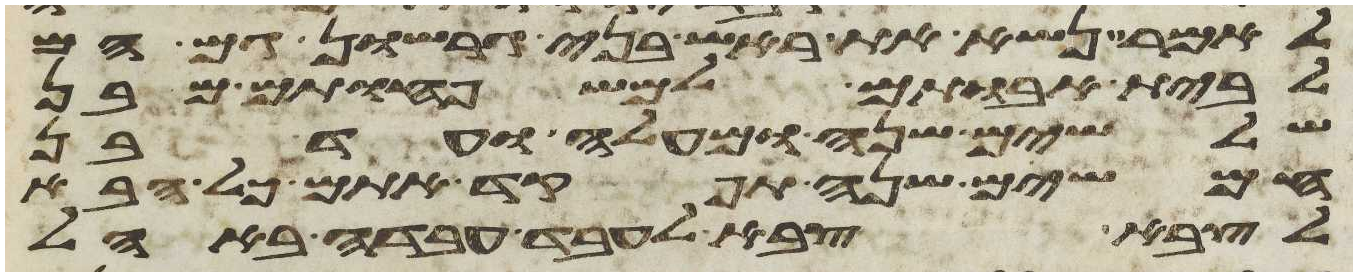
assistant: לאמר נשא את ראש בני גרשון גם הם
לבית אבותם למשפחותם מבן
שלשים שנה ומעלה ועד בן
חמשים שנה תפקד אתם כל הבא
לצבא צבא לעבד עבדה באהל